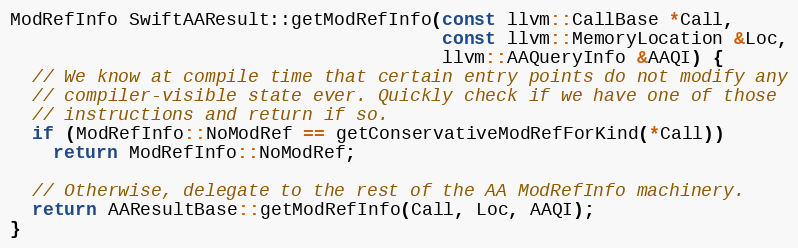
Language: C++
ModRefInfo SwiftAAResult::getModRefInfo(const llvm::CallBase *Call,
                                        const llvm::MemoryLocation &Loc,
                                        llvm::AAQueryInfo &AAQI) {
  // We know at compile time that certain entry points do not modify any
  // compiler-visible state ever. Quickly check if we have one of those
  // instructions and return if so.
  if (ModRefInfo::NoModRef == getConservativeModRefForKind(*Call))
    return ModRefInfo::NoModRef;

  // Otherwise, delegate to the rest of the AA ModRefInfo machinery.
  return AAResultBase::getModRefInfo(Call, Loc, AAQI);
}